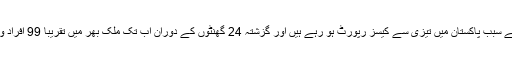
یاد رہے کہ کورونا وائرس کے سبب پاکستان میں تیزی سے کیسز رپورٹ ہو رہے ہیں اور گزشتہ 24 گھنٹوں کے دوران اب تک ملک بھر میں تقریباً 99 افراد وائرس کی زد میں آ چکے ہیں۔